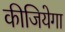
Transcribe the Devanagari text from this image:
कीजियेगा